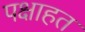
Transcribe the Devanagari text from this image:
पक्षाहत